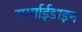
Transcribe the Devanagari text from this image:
स्पर्माईडाइन